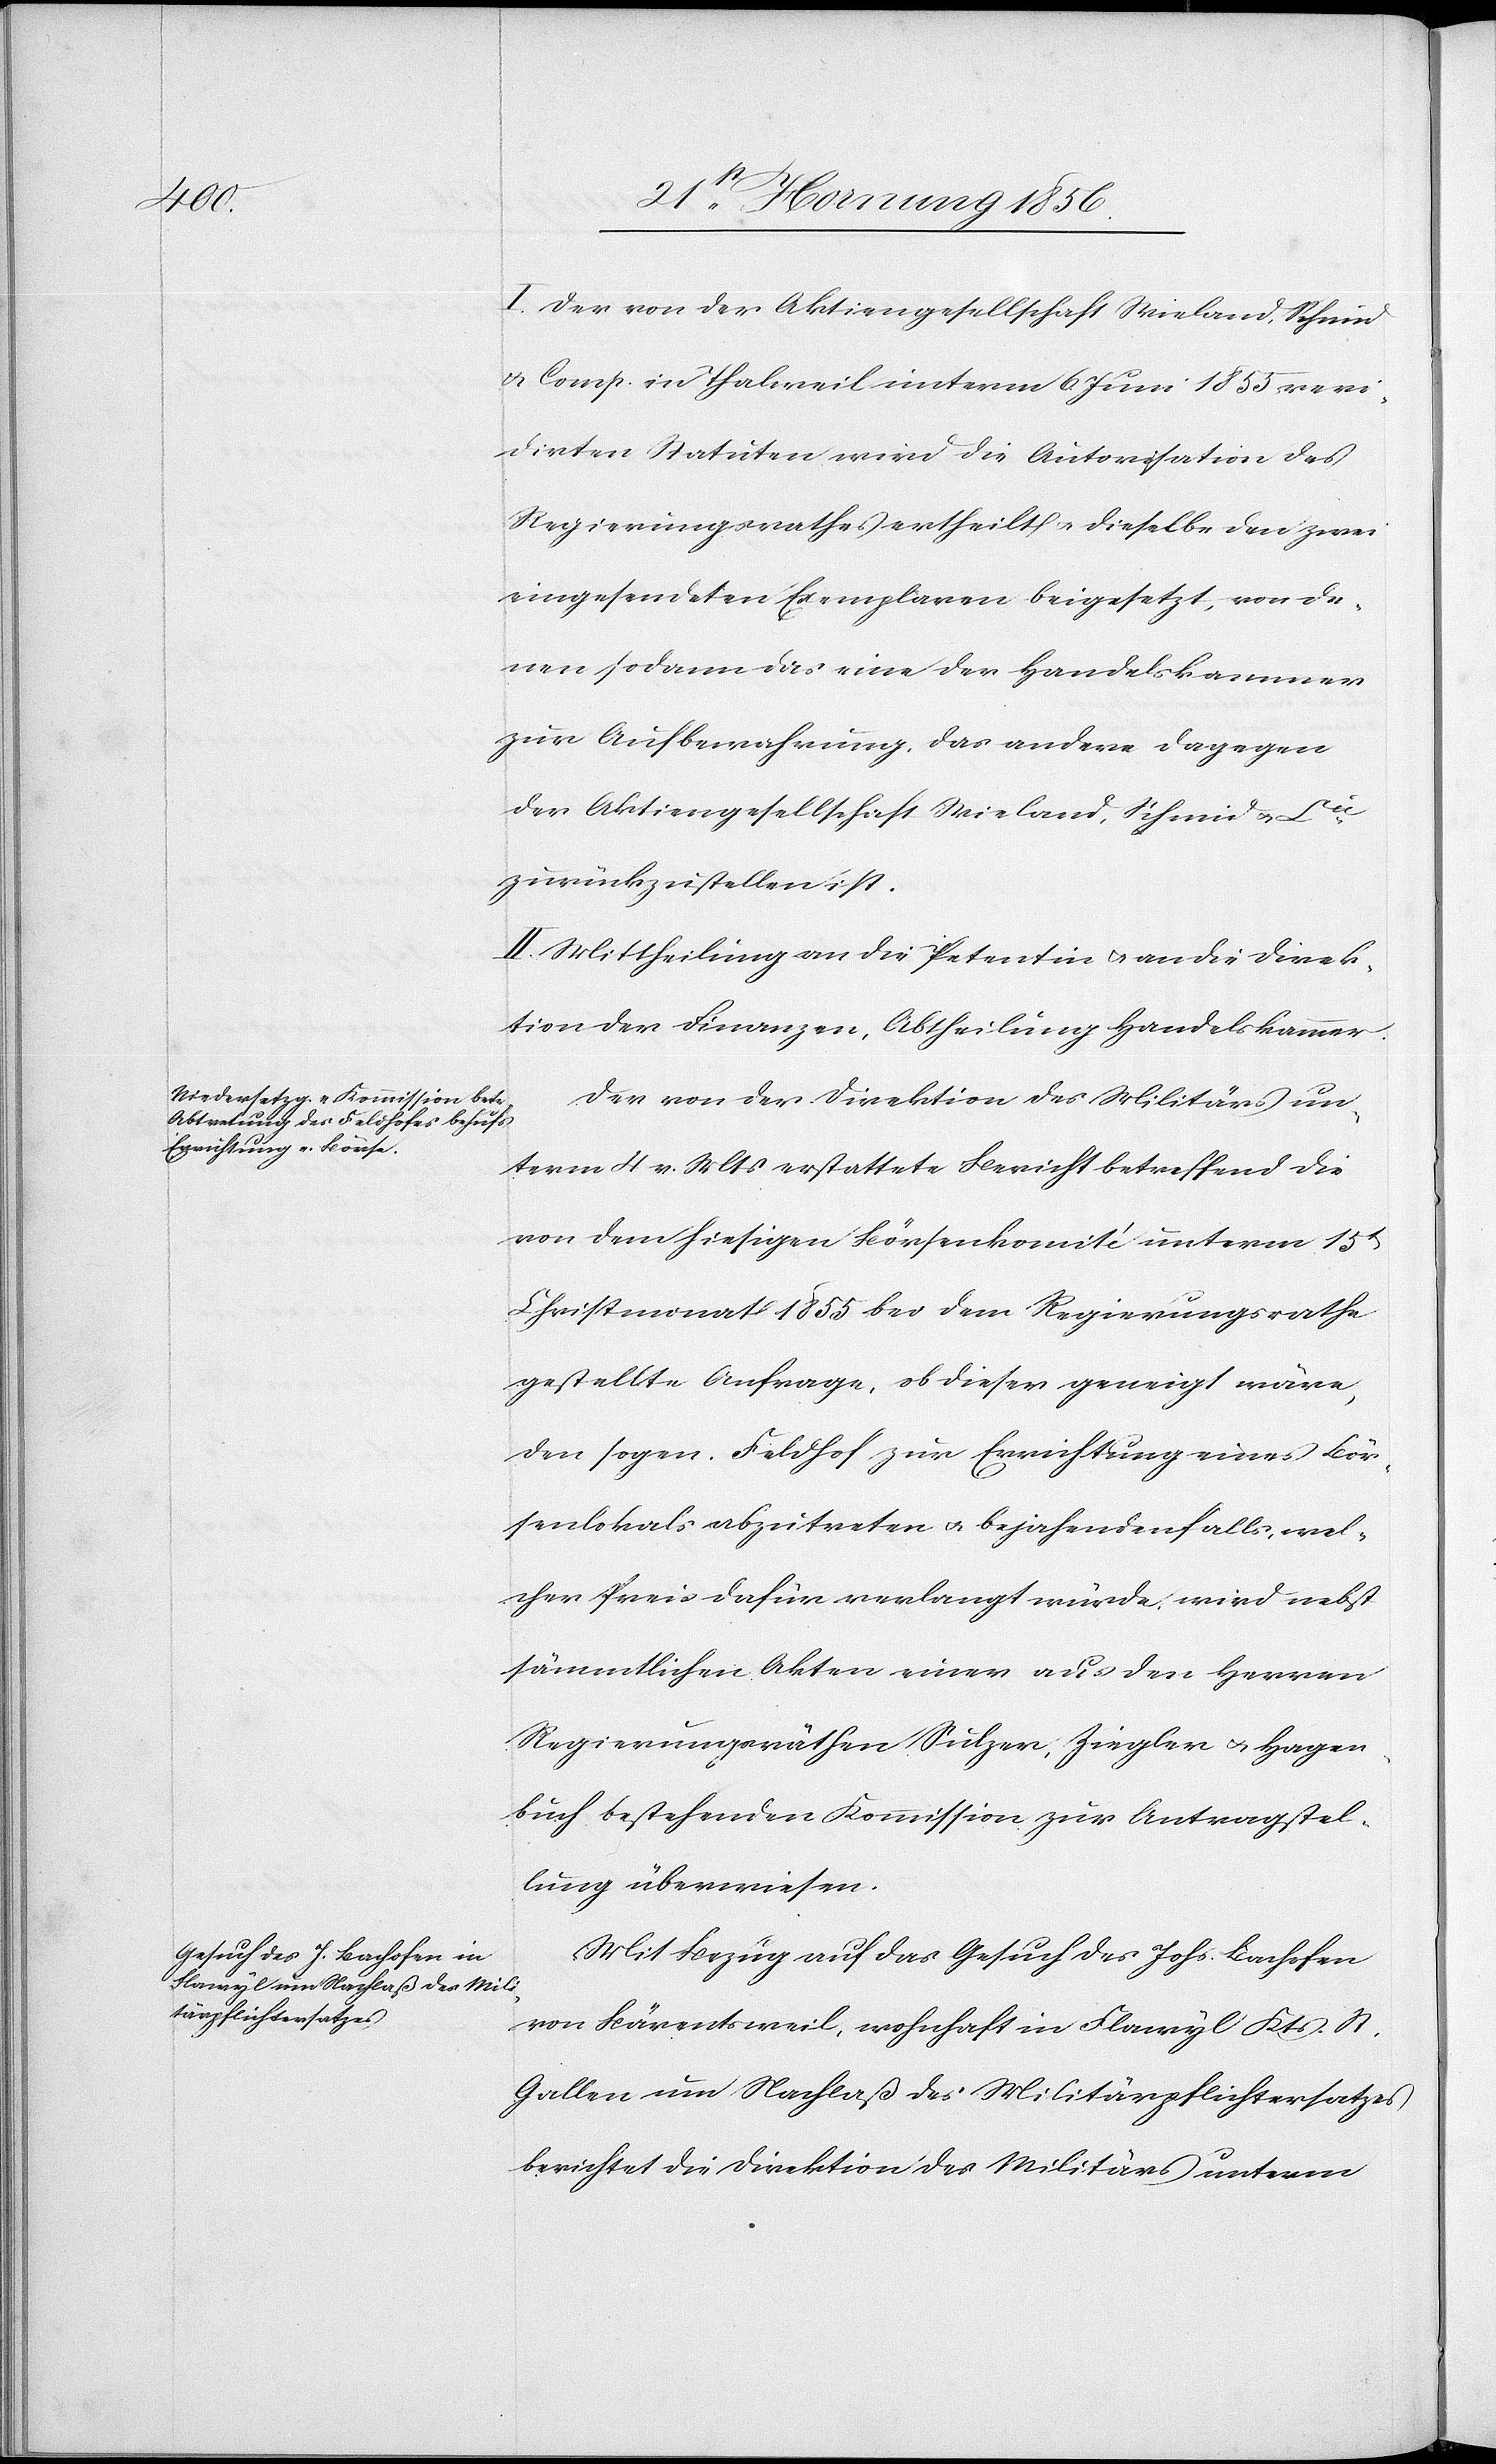
I. Der von der Aktiengesellschaft Wieland, Schmid
u. Comp. in Thalweil unterm 6 Juni 1855 revi¬
dirten Statuten wird die Autorisation des
Regierungsrathes ertheilt u. dieselbe den zwei
eingesendeten Exemplaren beigesetzt, von de¬
nen sodann das eine der Handelskammer
zur Aufbewahrung, das andere dagegen
der Aktiengesellschaft Wieland, Schmid u.
zurückzustellen ist.
II. Mittheilung an die Petentin u. an die Direk¬
tion der Finanzen, Abtheilung Handelskammer.
Der von der Direktion des Militärs un¬
term 4 v. Mts erstattete Bericht betreffend die
von dem hiesigen Börsenkomité unterm 15t
Christmonat 1855 bei dem Regierungsrathe
gestellte Anfrage, ob dieser geneigt wäre,
den sogen. Feldhof zur Errichtung eines Bör¬
senlokals abzutreten u. bejahendenfalls, wel¬
cher Preis dafür verlangt würde, wird nebst
sämmtlichen Akten einer aus den Herren
Regierungsräthen Sulzer, Ziegler u. Hagen¬
buch bestehenden Kommission zur Antragstel¬
lung überwiesen.
Mit Bezug auf das Gesuch des Johs. Bachofen
von Bärentsweil, wohnhaft in Flawyl Kts. St.
Gallen um Nachlaß des Militärpflichtersatzes
berichtet die Direktion des Militärs unterm